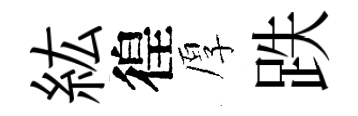
紘徨厚跌